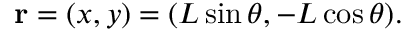
\mathbf { r } = ( x , y ) = ( L \sin \theta , - L \cos \theta ) .